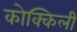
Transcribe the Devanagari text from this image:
कोक्किली